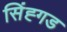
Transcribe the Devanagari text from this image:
सिंह्गड